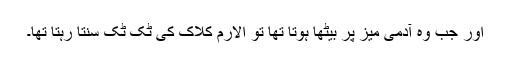
اور جب وہ آدمی میز پر بیٹھا ہوتا تھا تو الارم کلاک کی ٹک ٹک سنتا رہتا تھا۔